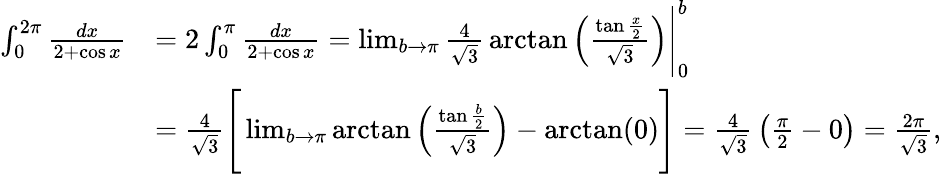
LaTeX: {\begin{array}{rl}{\int_{0}^{2\pi}{\frac{dx}{2+\cos x}}}&{=2\int_{0}^{\pi}{\frac{dx}{2+\cos x}}=\operatorname*{lim}_{b\rightarrow\pi}{\frac{4}{\sqrt{3}}}\arctan\left({\frac{\tan{\frac{x}{2}}}{\sqrt{3}}}\right){\Biggl|}_{0}^{b}}\\ &{={\frac{4}{\sqrt{3}}}{\Biggl[}\operatorname*{lim}_{b\rightarrow\pi}\arctan\left({\frac{\tan{\frac{b}{2}}}{\sqrt{3}}}\right)-\arctan(0){\Biggl]}={\frac{4}{\sqrt{3}}}\left({\frac{\pi}{2}}-0\right)={\frac{2\pi}{\sqrt{3}}},}\end{array}}